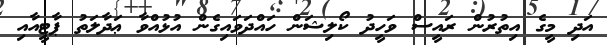
އަދި މީގެ އިތުުރުން ރައީސް ވަހީދު ކޯލިޝަން ހައްދަވައިގެން އުޅުއްވާ ޢަދާލަތު ޕާޓީއާއި